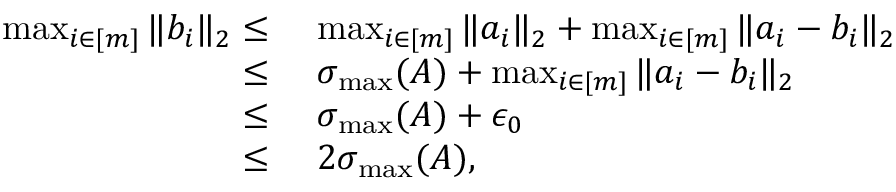
\begin{array} { r l } { \operatorname* { m a x } _ { i \in [ m ] } \| b _ { i } \| _ { 2 } \leq } & { ~ \operatorname* { m a x } _ { i \in [ m ] } \| a _ { i } \| _ { 2 } + \operatorname* { m a x } _ { i \in [ m ] } \| a _ { i } - b _ { i } \| _ { 2 } } \\ { \leq } & { ~ \sigma _ { \operatorname* { m a x } } ( A ) + \operatorname* { m a x } _ { i \in [ m ] } \| a _ { i } - b _ { i } \| _ { 2 } } \\ { \leq } & { ~ \sigma _ { \operatorname* { m a x } } ( A ) + \epsilon _ { 0 } } \\ { \leq } & { ~ 2 \sigma _ { \operatorname* { m a x } } ( A ) , } \end{array}